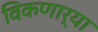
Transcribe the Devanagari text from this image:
विकणार्‍या